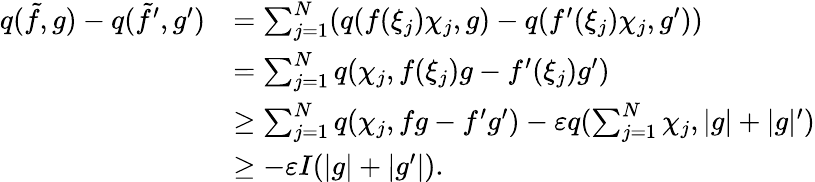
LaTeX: \begin{array}{rl}{q(\tilde{f},g)-q(\tilde{f}^{\prime},g^{\prime})}&{=\sum_{j=1}^{N}(q(f(\xi_{j})\chi_{j},g)-q(f^{\prime}(\xi_{j})\chi_{j},g^{\prime}))}\\ &{=\sum_{j=1}^{N}q(\chi_{j},f(\xi_{j})g-f^{\prime}(\xi_{j})g^{\prime})}\\ &{\geq\sum_{j=1}^{N}q(\chi_{j},fg-f^{\prime}g^{\prime})-\varepsilon q(\sum_{j=1}^{N}\chi_{j},|g|+|g|^{\prime})}\\ &{\geq-\varepsilon I(|g|+|g^{\prime}|).}\end{array}